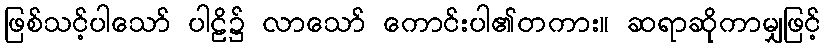
ဖြစ်သင့်ပါသော် ပါဠိ၌ လာသော် ကောင်းပါ၏တကား။ ဆရာဆိုကာမျှဖြင့်